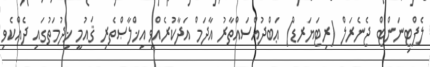
ލެފްޓިނަންޓް ޖެނެރަލް (ރިޓަޔަރޑް) ޢަބްދުއްސައްތާރު އާދަމް އަދާކުރެއްވި އިޚްލާޞްތެރި ޤައުމީ ޚިދުމަތުގައި ދެއްކެވި